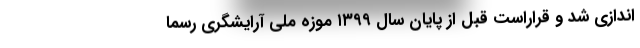
اندازی شد و قراراست قبل از پایان سال ١٣٩٩ موزه ملی آرایشگری رسما